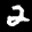
Label: 2